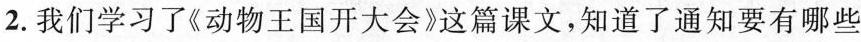
2. 我们学习了《动物王国开大会》这篇课文，知道了通知要有哪些